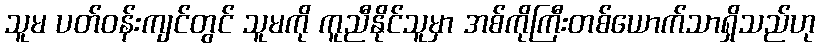
သူမ ပတ်ဝန်းကျင်တွင် သူမကို ကူညီနိုင်သူမှာ အစ်ကိုကြီးတစ်ယောက်သာရှိသည်ဟု